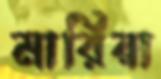
মারিয়া